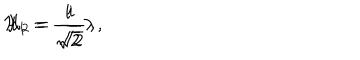
LaTeX: { \cal H } _ { 1 } = \frac { i } { \sqrt { 2 } } \lambda \, , \hspace { 1 . 5 c m } { \cal H } _ { 2 } = \frac { i } { \sqrt { 2 } } \, ,